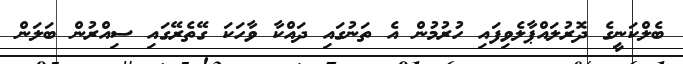
ބެލްކަނީގެ ދޮރުލައްޕާލެވިފައި ހުރުމުން އެ ތަނުގައި ދައްކާ ވާހަކަ ގޭތެރޭގައި ސިއްރުން ބަލަން